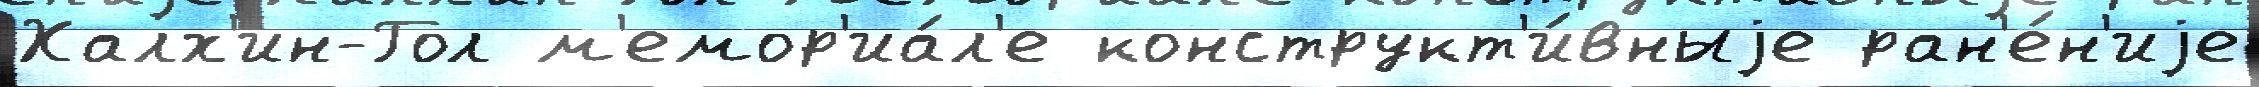
Халх'ин-Гол м'емор'иа́л'е конструкт'и́вныjе ран'е́н'иjе